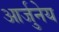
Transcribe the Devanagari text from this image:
आर्जुनेय